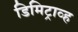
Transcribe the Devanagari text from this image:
डिमिट्राव्ह